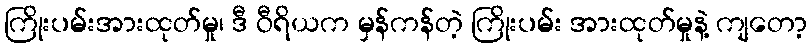
ကြိုးပမ်းအားထုတ်မှု၊ ဒီ ဝီရိယက မှန်ကန်တဲ့ ကြိုးပမ်း အားထုတ်မှုနဲ့ ကျတော့